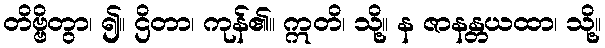
တိဗ္ဗိတွာ၊ ၍။ ဌိတာ၊ ကုန်၏။ ဣတိ၊ သို့။ န ဇာနန္တယထာ၊ သို့။